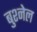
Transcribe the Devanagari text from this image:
बुश्नेल